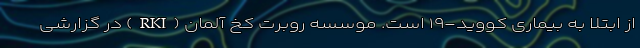
از ابتلا به بیماری کووید-۱۹ است. موسسه روبرت کخ آلمان (RKI) در گزارشی